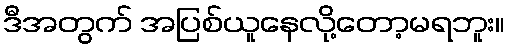
ဒီအတွက် အပြစ်ယူနေလို့တော့မရဘူး။